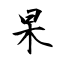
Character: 杲